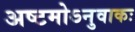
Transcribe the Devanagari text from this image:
अष्टमोऽनुवाकः